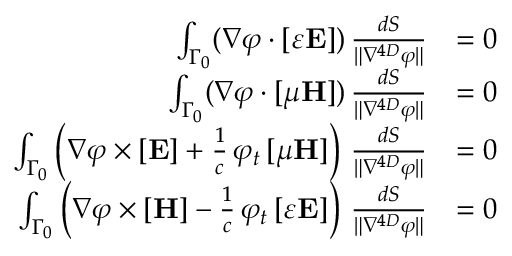
{ \begin{array} { r l } { \int _ { \Gamma _ { 0 } } ( \nabla \varphi \cdot [ \varepsilon \mathbf { E } ] ) \, { \frac { d S } { \| \nabla ^ { 4 D } \varphi \| } } } & { = 0 } \\ { \int _ { \Gamma _ { 0 } } ( \nabla \varphi \cdot [ \mu \mathbf { H } ] ) \, { \frac { d S } { \| \nabla ^ { 4 D } \varphi \| } } } & { = 0 } \\ { \int _ { \Gamma _ { 0 } } \left( \nabla \varphi \times [ \mathbf { E } ] + { \frac { 1 } { c } } \, \varphi _ { t } \, [ \mu \mathbf { H } ] \right) \, { \frac { d S } { \| \nabla ^ { 4 D } \varphi \| } } } & { = 0 } \\ { \int _ { \Gamma _ { 0 } } \left( \nabla \varphi \times [ \mathbf { H } ] - { \frac { 1 } { c } } \, \varphi _ { t } \, [ \varepsilon \mathbf { E } ] \right) \, { \frac { d S } { \| \nabla ^ { 4 D } \varphi \| } } } & { = 0 } \end{array} }